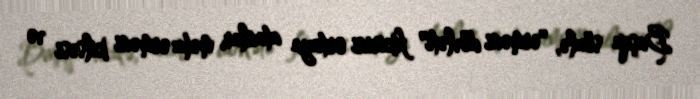
Başqa sözlə, "erməni dövləti" fikirini ortaya atanlar, məhz erməni kilsəsi və